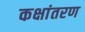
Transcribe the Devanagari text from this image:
कक्षांतरण